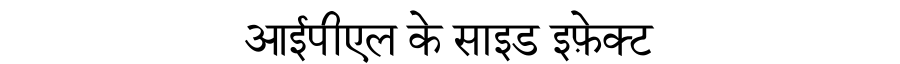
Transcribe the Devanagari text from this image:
आईपीएल के साइड इफ़ेक्ट